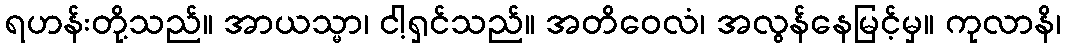
ရဟန်းတို့သည်။ အာယသ္မာ၊ ငါ့ရှင်သည်။ အတိဝေလံ၊ အလွန်နေမြင့်မှ။ ကုလာနိ၊